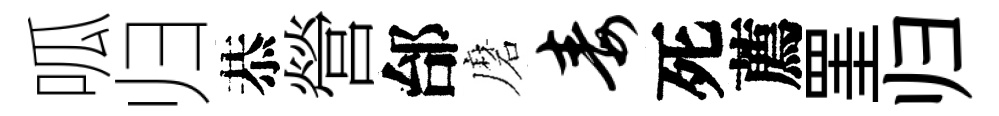
呱归恭營邰磨毒死薦罣归